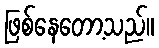
ဖြစ်နေတော့သည်။